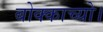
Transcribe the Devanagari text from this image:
बोक्काच्यो।